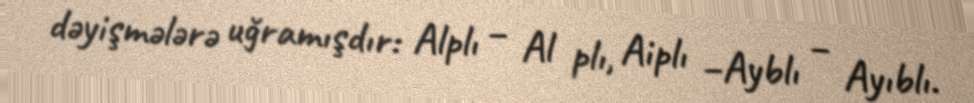
dəyişmələrə uğramışdır: Alplı – Al plı, Aiplı –Ayblı – Ayıblı.